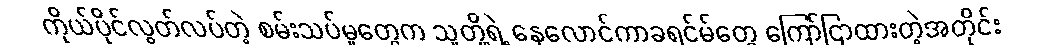
ကိုယ်ပိုင်လွတ်လပ်တဲ့ စမ်းသပ်မှုတွေက သူတို့ရဲ့ နေလောင်ကာခရင်မ်တွေ ကြော်ငြာထားတဲ့အတိုင်း